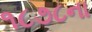
૧૮૭૮ના